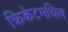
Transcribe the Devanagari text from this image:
क्रिकेटमधिल